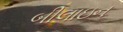
બીલાઇન